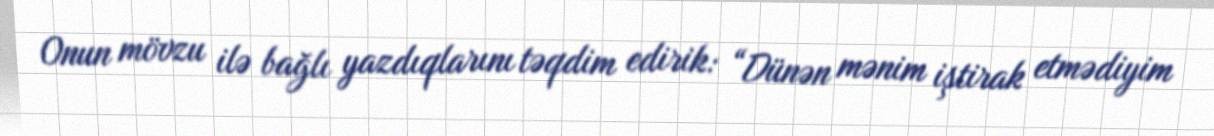
Onun mövzu ilə bağlı yazdıqlarını təqdim edirik: “Dünən mənim iştirak etmədiyim